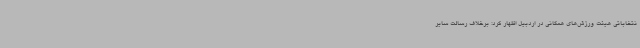
نتخاباتی هیئت ورزش‌های همگانی در اردبیل اظهار کرد: برخلاف رسالت سایر